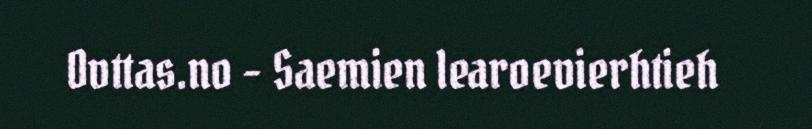
Ovttas.no - Saemien learoevierhtieh